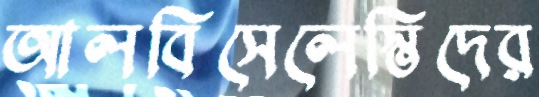
আলবিসেলেস্তিদের